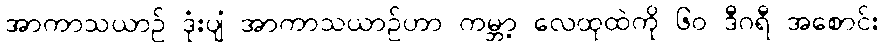
အာကာသယာဉ် ဒုံးပျံ အာကာသယာဉ်ဟာ ကမ္ဘာ့ လေထုထဲကို ၆၀ ဒီဂရီ အစောင်း